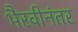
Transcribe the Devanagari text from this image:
भैरवीनंतर